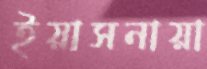
ইয়াসনায়া